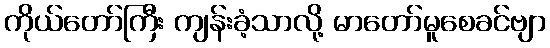
ကိုယ်တော်ကြီး ကျန်းခံ့သာလို့ မာတော်မူစေခင်ဗျာ